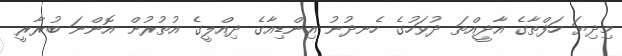
މިދިޔަ ހަފްތާގެ އާދީއްތަ ދުވަހުގެ ހެނދުނު އިންޑިއާގެ ދިއްލީގެ އުތުރުން އޮންނަ ބުރާރީ